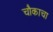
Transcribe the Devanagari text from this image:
चौकाचा